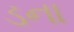
ડના